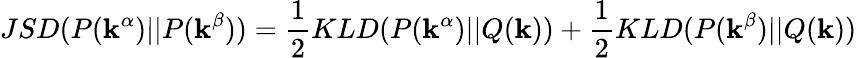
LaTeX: JSD(P(\mathbf{k}^{\alpha})||P(\mathbf{k}^{\beta}))=\frac{{1}}{{2}}KLD(P(\mathbf{k}^{\alpha})||Q(\mathbf{k}))+\frac{{1}}{{2}}KLD(P(\mathbf{k}^{\beta})||Q(\mathbf{k}))